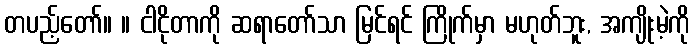
တပည့်တော်။ ။ ငါငိုတာကို ဆရာတော်သာ မြင်ရင် ကြိုက်မှာ မဟုတ်ဘူး, အကျိုးမဲ့ကို